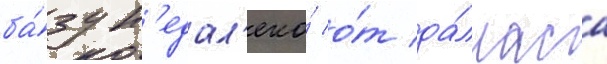
ба́зу н'едал'еко́ о́т да́лласа